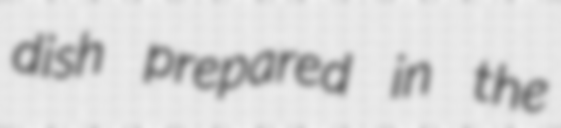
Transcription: dish prepared in the